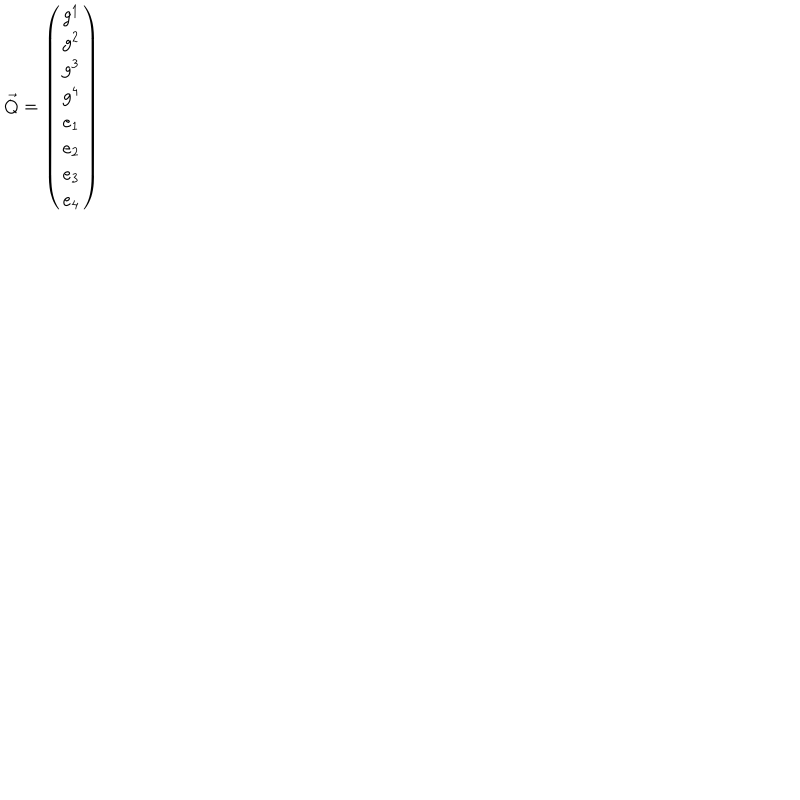
{ \vec { Q } } = \left( \begin{matrix} { { g ^ { 1 } } } \\ { { g ^ { 2 } } } \\ { { g ^ { 3 } } } \\ { { g ^ { 4 } } } \\ { { e _ { 1 } } } \\ { { e _ { 2 } } } \\ { { e _ { 3 } } } \\ { { e _ { 4 } } } \\ \end{matrix} \right)